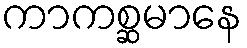
ကာကစ္ဆမာနေ